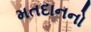
મતદાનનો